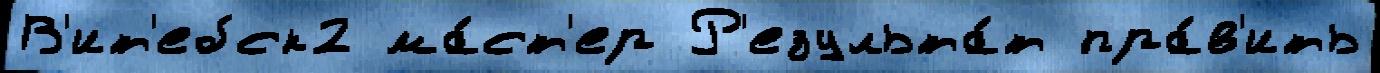
В'ит'ебск2 ма́ст'ер Р'езульта́т пра́в'ить